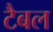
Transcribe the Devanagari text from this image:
टैबल